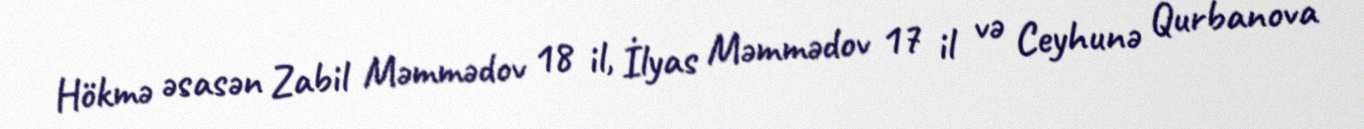
Hökmə əsasən Zabil Məmmədov 18 il, İlyas Məmmədov 17 il və Ceyhunə Qurbanova